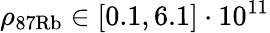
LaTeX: \rho_{\mathrm{87Rb}}\in[0.1,6.1]\cdot 10^{11}